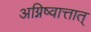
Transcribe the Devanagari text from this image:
अग्निष्वात्तात्